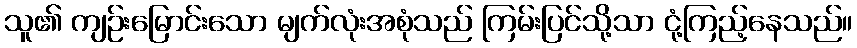
သူ၏ ကျဉ်းမြောင်းသော မျက်လုံးအစုံသည် ကြမ်းပြင်သို့သာ ငုံ့ကြည့်နေသည်။